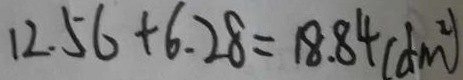
1 2 . 5 6 + 6 . 2 8 = 1 8 . 8 4 ( d m ^ { 2 } )